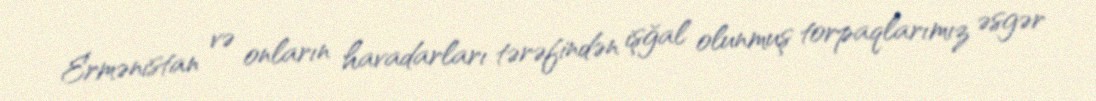
Ermənistan və onların havadarları tərəfindən işğal olunmuş torpaqlarımız əsgər